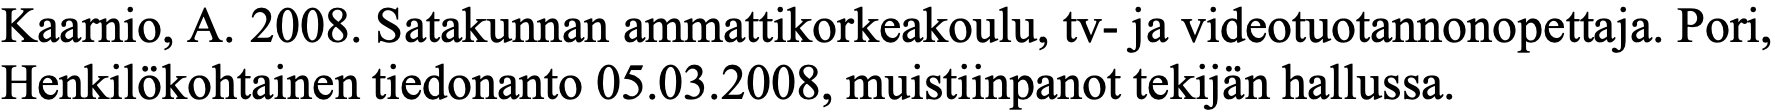
Kaarnio, A. 2008. Satakunnan ammattikorkeakoulu, tv- ja videotuotannonopettaja. Pori, Henkilökohtainen tiedonanto 05.03.2008, muistiinpanot tekijän hallussa.